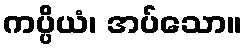
ကပ္ပိယံ၊ အပ်သော။